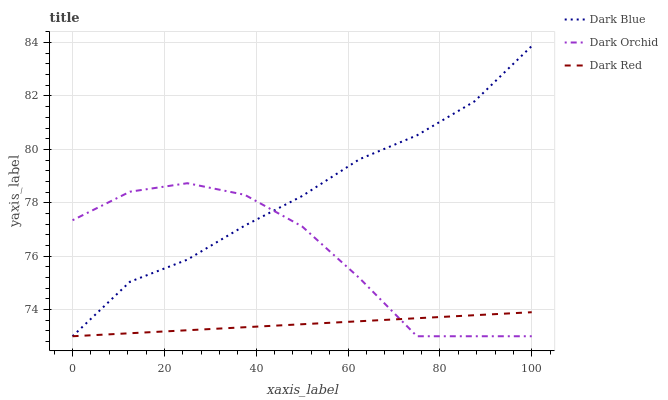
| xaxis_label | Dark Blue | Dark Orchid | Dark Red |
 | --- | --- | --- | --- |
 | 0 | 73 | 77.3 | 73 |
 | 12.5 | 75 | 78.4 | 73.1 |
 | 25 | 75.9 | 78.7 | 73.2 |
 | 37.5 | 77.1 | 78.3 | 73.3 |
 | 50 | 78.3 | 77.1 | 73.5 |
 | 62.5 | 79.6 | 75.2 | 73.6 |
 | 75 | 80.5 | 73 | 73.7 |
 | 87.5 | 81.8 | 73 | 73.8 |
 | 100 | 83.9 | 73 | 73.9 |